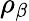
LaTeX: \rho_{\beta}